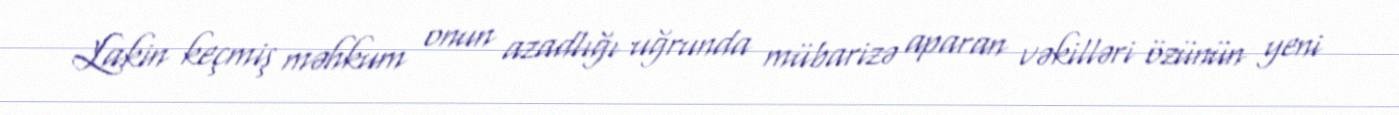
Lakin keçmiş məhkum onun azadlığı uğrunda mübarizə aparan vəkilləri özünün yeni